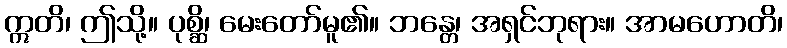
ဣတိ၊ ဤသို့။ ပုစ္ဆိ၊ မေးတော်မူ၏။ ဘန္တေ၊ အရှင်ဘုရား။ အာမဟောတိ၊